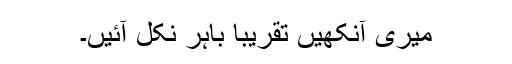
میری آنکھیں تقریباً باہر نکل آئیں۔